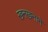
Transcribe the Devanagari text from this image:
खनखनाने